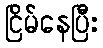
ငြိမ်နေပြီး